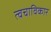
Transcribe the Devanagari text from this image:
त्वचाविकार